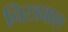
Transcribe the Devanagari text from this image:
चिरडवाल